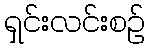
ရှင်းလင်းစဉ်